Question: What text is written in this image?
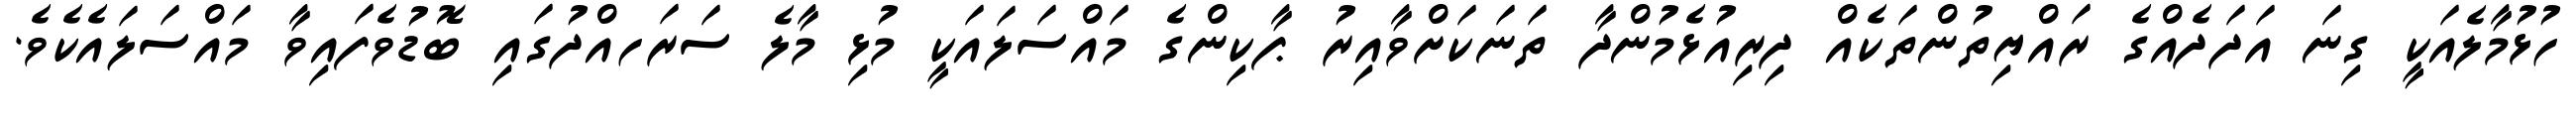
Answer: ހުޅުމާލެއަކީ ގިނަ އަދަދެއްގެ ރައްޔިތުންތަކެއް ދިރިއުޅެމުންދާ ތަނަކަށްވާއިރު ޕާކިންގެ މައްސަލައަކީ މުޅި މާލެ ސަރަހއްދުގައި ބޮޑުވެފައިވާ މައްސަލައެކެވެ.